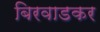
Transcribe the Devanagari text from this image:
बिरवाडकर